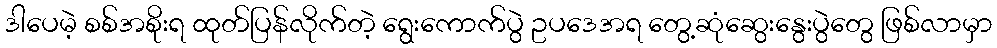
ဒါပေမဲ့ စစ်အစိုးရ ထုတ်ပြန်လိုက်တဲ့ ရွေးကောက်ပွဲ ဥပဒေအရ တွေ့ဆုံဆွေးနွေးပွဲတွေ ဖြစ်လာမှာ